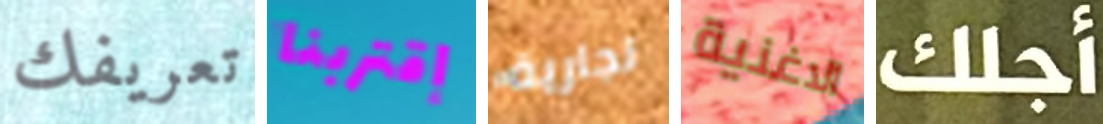
تعريفك إقتربنا تجارية الاغنية أجلك